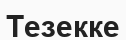
Тезекке